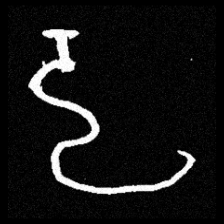
Pyu character \u2014 Myanmar letter: ဠ (romanized: lla)